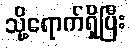
သို့ရောက်ရှိပြီး